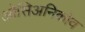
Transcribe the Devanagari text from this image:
ओसिअनिकोव